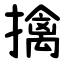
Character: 擒